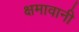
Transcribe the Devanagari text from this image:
क्षमावानी